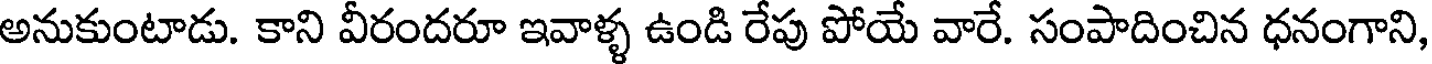
అనుకుంటాడు. కాని వీరందరూ ఇవాళ్ళ ఉండి రేపు పోయే వారే. సంపాదించిన ధనంగాని,